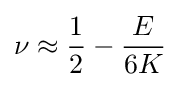
\nu \approx {\frac {1}{2}}-{\frac {E}{6K}}